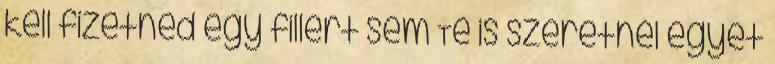
kell fizetned egy fillért sem Te is szeretnél egyet